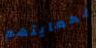
لحمايتهم